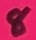
Text: 8